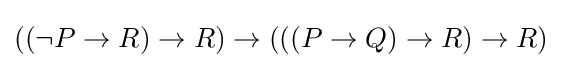
((\lnot P\to R)\to R)\to (((P\to Q)\to R)\to R)